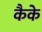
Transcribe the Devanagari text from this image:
कैके